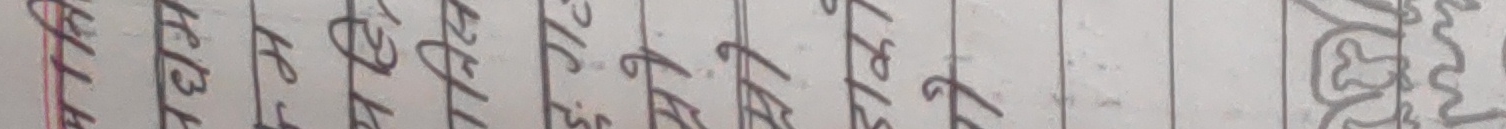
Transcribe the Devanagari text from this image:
मुख बिक्रेता खरीददार लेनदेन वितरण अन्तिम उपयोग खर्च